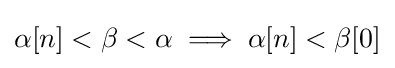
\alpha [n]<\beta <\alpha \implies \alpha [n]<\beta [0]